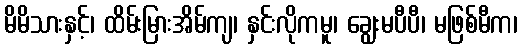
မိမိသားနှင့်၊ ထိမ်းမြားအိမ်ကျ၊ နှင်းလိုကမူ၊ ချွေးမပီပီ၊ မဖြစ်မီက၊